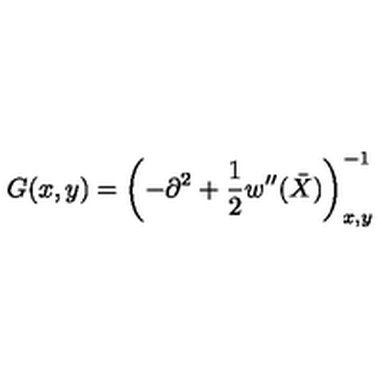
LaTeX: G ( x , y ) = \left( - \partial ^ { 2 } + \frac 1 2 w ^ { \prime \prime } ( \bar { X } ) \right) _ { x , y } ^ { - 1 }